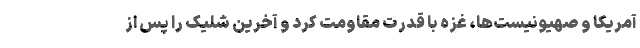
آمریکا و صهیونیست‌ها، غزه با قدرت مقاومت کرد و آخرین شلیک را پس از